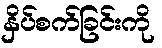
နှိပ်စက်ခြင်းကို